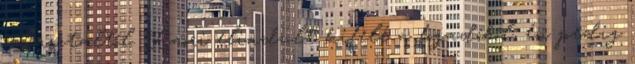
az asztaltól. Kaori elindult kifelé a fogadóból, én pedig